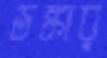
ডঙ্কার